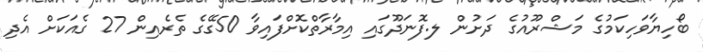
ބޯހިޔާވަހިކަމުގެ މަޝްރޫއުގެ ދަށުން ލ.ފޮނަދޫގައި އިމާރާތްކޮށްފައިވާ 50ގޭގެ ތެރެއިން 27 ގެއަކަށް އެދި